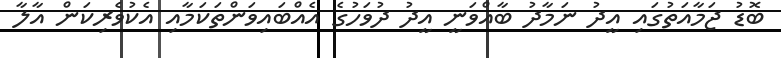
ބޮޑު ޖަމާއަތުގައި އީދު ނަމާދު ބާއްވަނީ އީދު ދުވަހުގެ އެއްބައިވަންތަކަމާއި އެކުވެރިކަން އާލާ